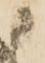
に